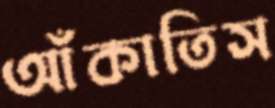
আঁকাতিস